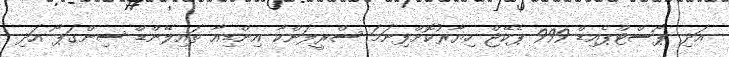
އަދި ޕޯސްޓްޕެއިޑް 999 ޕެކޭޖް ހިޔާރުކޮށްފިނަމަ ސްރީލަންކާ އިންޑިއާ ތައިލޭންޑް ސިންގަޕޯ އަދި